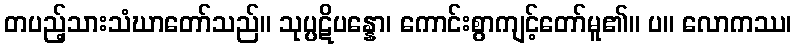
တပည့်သားသံဃာတော်သည်။ သုပ္ပဋိပန္နော၊ ကောင်းစွာကျင့်တော်မူ၏။ ပ။ လောကဿ၊